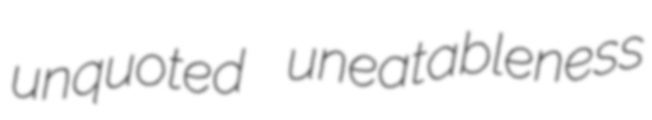
unquoted uneatableness